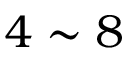
4 \sim 8